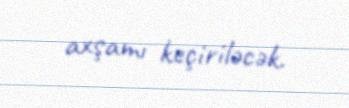
axşamı keçiriləcək.